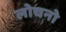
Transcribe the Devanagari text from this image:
लोचनो